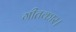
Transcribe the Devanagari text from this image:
गीतकार।